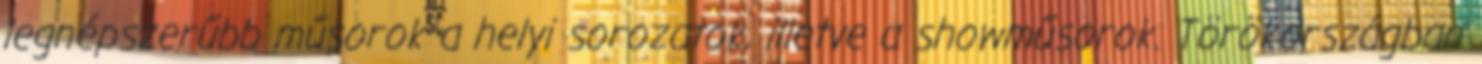
legnépszerűbb műsorok a helyi sorozatok, illetve a showműsorok. Törökországban